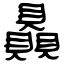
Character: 贔